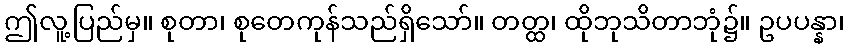
ဤလူ့ပြည်မှ။ စုတာ၊ စုတေကုန်သည်ရှိသော်။ တတ္ထ၊ ထိုဘုသိတာဘုံ၌။ ဥပပန္နာ၊